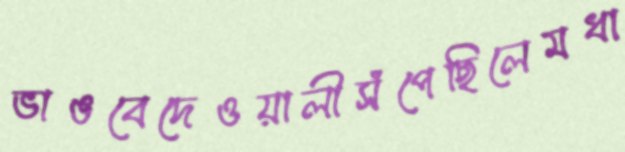
ভাঙবেদেওয়ালীসঁপেছিলেমধা